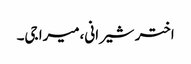
اختر شیرانی،میرا جی۔